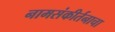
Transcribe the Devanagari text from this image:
नामसंकीर्तनाचा